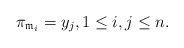
\begin{align*} \pi_{\mathfrak{m}_i}=y_j,1\leq i,j\leq n. \end{align*}